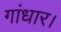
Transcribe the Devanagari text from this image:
गांधार।